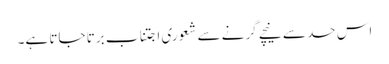
اس حد سے نیچے گرنے سے شعوری اجتناب برتا جاتا ہے۔